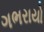
ગભરાયો